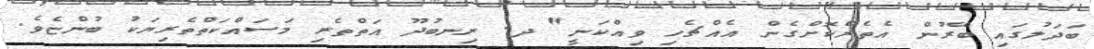
ބަދަލުގައި ބޭރުން އެތެރެކޮށްގެން އެއްޗެހި ވިއްކަނީ" ދ. ރިނބުދޫ އަތްތެރި މަސައްކަތްތެރިޔަކު ބުންޏެވެ.